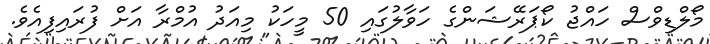
މޯލްޑިވްސް ހައްޖު ކޯޕަރޭޝަންގެ ހަވާލުގައި 50 މީހަކު މިއަދު އުމްރާ އަށް ފުރައިފިއެވެ.